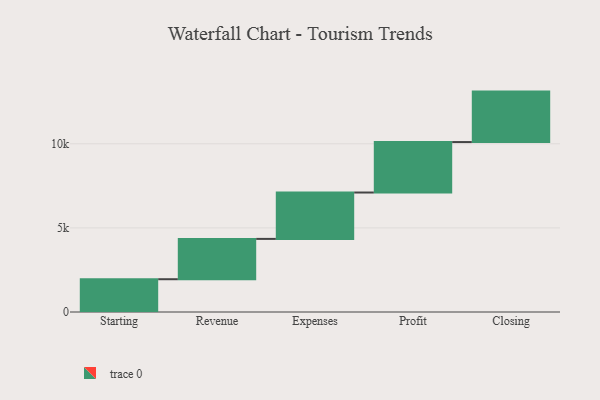
{"axis": {"x": "Step", "y": "Value"}, "legend": [""], "data": [{"x": "Starting", "y": 1949.0, "type": ""}, {"x": "Revenue", "y": 2397.0, "type": ""}, {"x": "Expenses", "y": 2758.0, "type": ""}, {"x": "Profit", "y": 3000, "type": ""}, {"x": "Closing", "y": 3000, "type": ""}]}